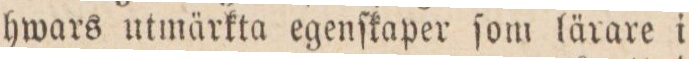
hwars utmärkta egenſkaper ſom lärare i